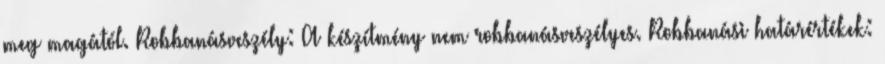
meg magától. Robbanásveszély: A készítmény nem robbanásveszélyes. Robbanási határértékek: